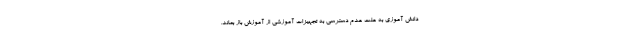
دانش آموزی به علت عدم دسترسی به تجهیزات آموزشی از آموزش باز بماند.